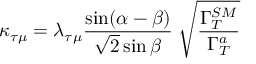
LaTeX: \kappa _ { \tau \mu } = \lambda _ { \tau \mu } \frac { \sin ( \alpha - \beta ) } { \sqrt { 2 } \sin \beta } \; \sqrt { \frac { \Gamma _ { T } ^ { S M } } { \Gamma _ { T } ^ { a } } }